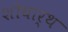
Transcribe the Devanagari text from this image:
शोघार्थ